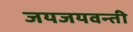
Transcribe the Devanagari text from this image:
जयजयवन्ती